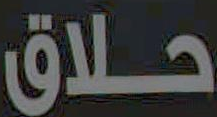
حلاق